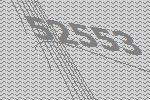
52553